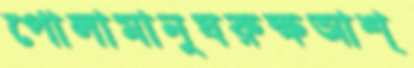
পোলামানুষরুক্ষআশ্